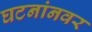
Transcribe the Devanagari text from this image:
घटनांनवर